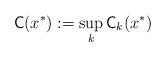
LaTeX: \begin{align*}\mathsf{C}(x^*):=\sup_k \mathsf{C}_k(x^*)\end{align*}